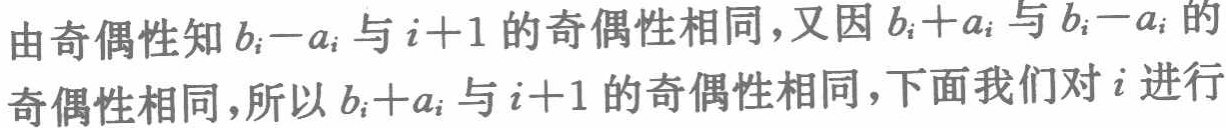
由奇偶性知\(b_{i}-a_{i}\)与\(i + 1\)的奇偶性相同，又因\(b_{i}+a_{i}\)与\(b_{i}-a_{i}\)的奇偶性相同，所以\(b_{i}+a_{i}\)与\(i + 1\)的奇偶性相同，下面我们对\(i\)进行